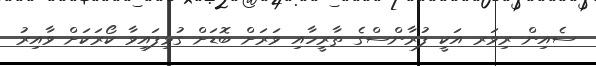
ސެއިން ރިވަރ އަކީ ފުރާންސްގެ ތާރީހާއި ވަރަށް ބޮޑަށް ގުޅިފައިވާ ކޯރަކަށް ވާއިރު